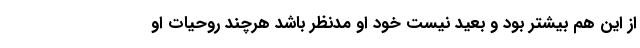
از این هم بیشتر بود و بعید نیست خود او مدنظر باشد هرچند روحیات او